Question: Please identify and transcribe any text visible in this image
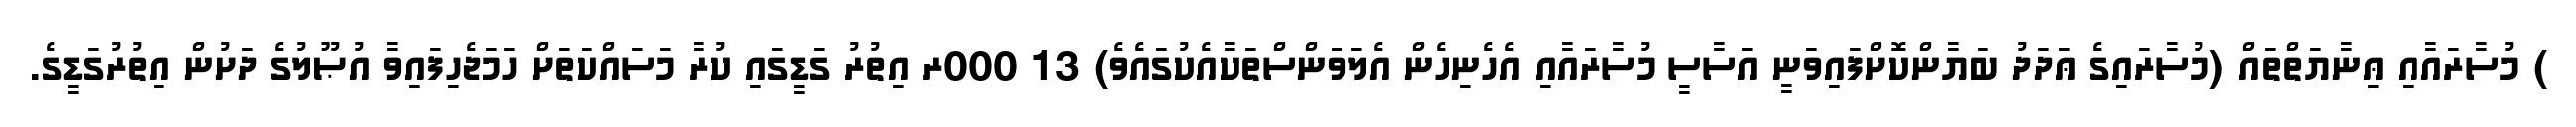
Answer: ) މުސާރައާއި ޢިނާޔަތްތައް (މުސާރައިގެ ޢަދަދު ބަޔާންކޮށްފައިވަނީ އަސާސީ މުސާރައާއި އެހެނިހެން އެލަވަންސްތަކާއެކުގައެވެ) 13 000ރ އިތުރު ގަޑީގައި ކުރާ މަސައްކަތަށް ހަމަޖެހިފައިވާ އުޞޫލުގެ ދަށުން އިތުރުގަޑީގެ.